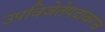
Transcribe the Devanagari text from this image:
उपविजेतेपदावरच